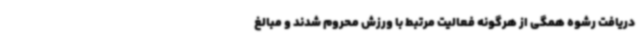
دریافت رشوه همگی از هرگونه فعالیت مرتبط با ورزش محروم شدند و مبالغ